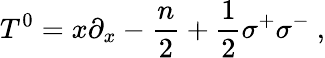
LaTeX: T^{0}=x\partial_{x}-{\frac{n}{2}}+{\frac{1}{2}}\sigma^{+}\sigma^{-}\ ,